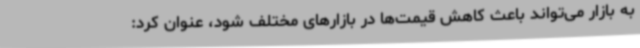
به بازار می‌تواند باعث کاهش قیمت‌ها در بازارهای مختلف شود، عنوان کرد: